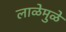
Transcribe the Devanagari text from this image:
लाळेमुळे